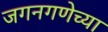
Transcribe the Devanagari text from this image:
जगनगणेच्या